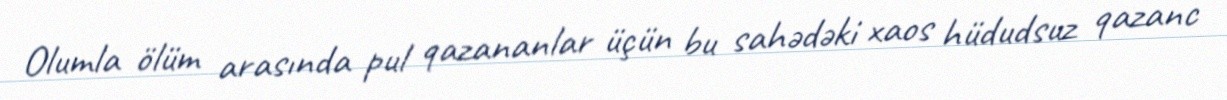
Olumla ölüm arasında pul qazananlar üçün bu sahədəki xaos hüdudsuz qazanc